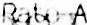
RATE A